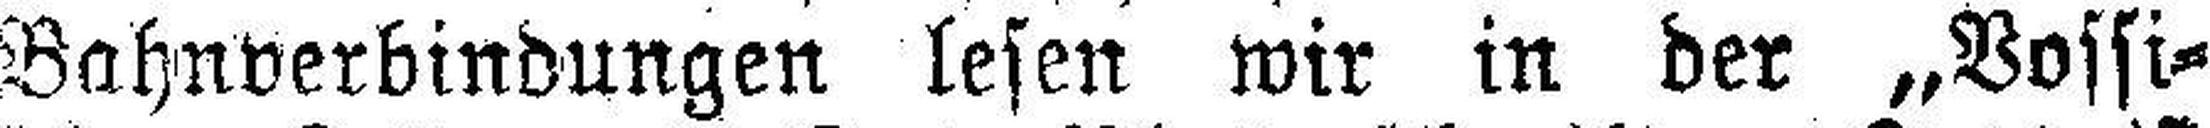
Bahnverbindungen lesen wir in der „Vossi¬